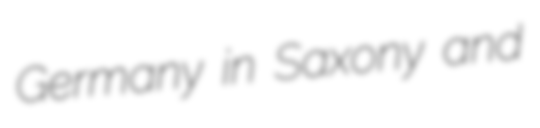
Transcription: Germany in Saxony and